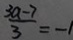
\frac { 3 a - 7 } { 3 } = - 1